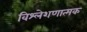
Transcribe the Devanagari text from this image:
विश्लेशणात्मक